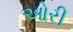
ઓરી